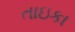
તાઇકા